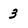
Character: 3